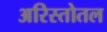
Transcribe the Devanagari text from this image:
अरिस्तोतल